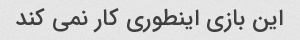
این بازی اینطوری کار نمی کند